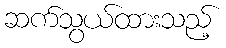
ဆက်သွယ်ထားသည့်